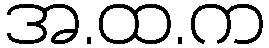
အ.ထ.က